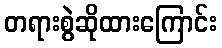
တရားစွဲဆိုထားကြောင်း